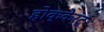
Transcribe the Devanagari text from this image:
होक्केर्ट्